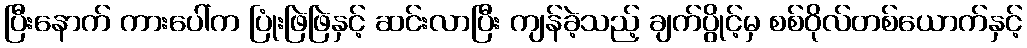
ပြီးနောက် ကားပေါ်က ပြုံးဖြဲဖြဲနှင့် ဆင်းလာပြီး ကျန်ခဲ့သည့် ချက်ပွိုင့်မှ စစ်ဝိုလ်တစ်ယောက်နှင့်